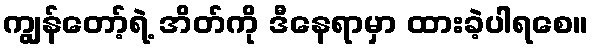
ကျွန်တော့်ရဲ့ အိတ်ကို ဒီနေရာမှာ ထားခဲ့ပါရစေ။